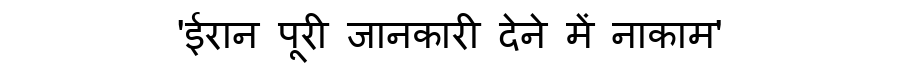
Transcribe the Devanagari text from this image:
'ईरान पूरी जानकारी देने में नाकाम'